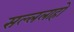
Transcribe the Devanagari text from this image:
सल्ललाहो